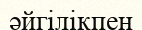
әйгілікпен